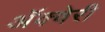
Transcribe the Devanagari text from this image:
अॅक्वेरी